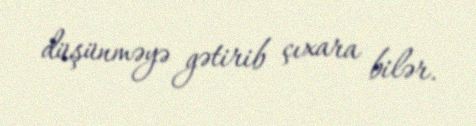
düşünməyə gətirib çıxara bilər.